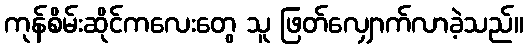
ကုန်စိမ်းဆိုင်ကလေးတွေ သူ ဖြတ်လျှောက်လာခဲ့သည်။